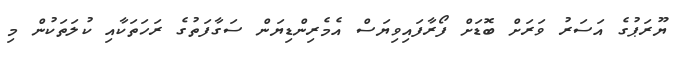
ޔޫރަޕުގެ އަސަރު ވަރަށް ބޮޑަށް ފޯރާފައިވިޔަސް އެމެރިންޑިޔަން ސަގާފަތުގެ ރަހަތަކާއި ކުލަތަކުން މި